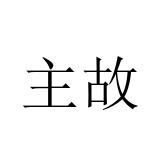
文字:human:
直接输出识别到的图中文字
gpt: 主故